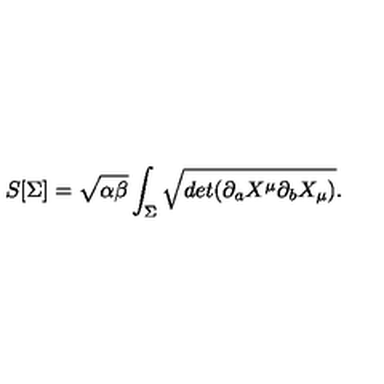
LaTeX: S [ \Sigma ] = \sqrt { \alpha \beta } \int _ { \Sigma } \sqrt { d e t ( \partial _ { a } X ^ { \mu } \partial _ { b } X _ { \mu } ) } .